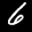
Label: 6